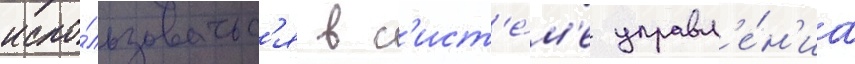
испо́льзоватьс'я в с'ист'е́м'е управл'е́н'иа